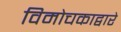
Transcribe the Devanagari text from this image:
विमोचकाद्वारे